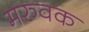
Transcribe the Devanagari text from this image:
मरुवक